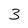
Character: 3